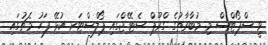
ވީ ސްޕޯޓްސް މި މުބާރާތުގެ ގްރޫޕް ސެޓޭޖްގައި ޕޯލްސްޓަރ ކުޅޭ ފަހު މެޗުގައި